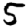
Digit: 5